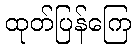
ထုတ်ပြန်ကြေ